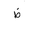
Letter: _za